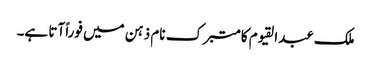
ملک عبدالقیوم کا متبرک نام ذہن میں فوراً آتا ہے۔